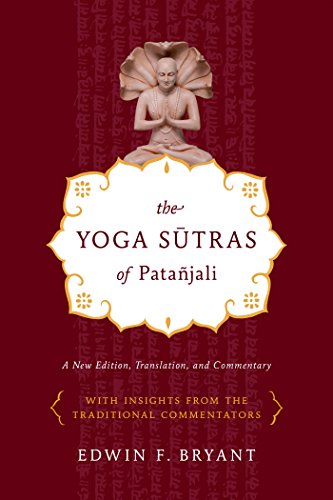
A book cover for The Yoga Sutras of PataÃ±jali: A New Edition, Translation, and Commentary; Edwin F. Bryant; Health, Fitness & Dieting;